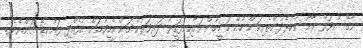
ނާގޭސްވަރް ރާއޯ ނުކުޅެދުންތެރިކަން ހުންނަ މީހުންނަށާއި ފަޤީރު ދަރިވަރުންނަށް އެހީވުމަށް އުފެއްދި ފައުނޑޭޝަންއެކެވެ.